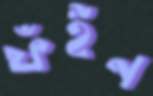
ফঁইন